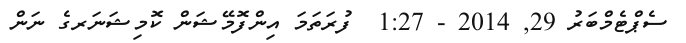
ސެޕްޓެމްބަރު 29